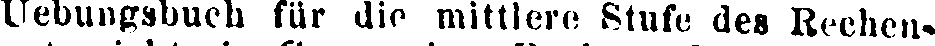
Uebungsbueh für die mittlere Stufe des Rechen-